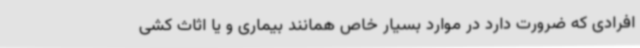
افرادی که ضرورت دارد در موارد بسیار خاص همانند بیماری و یا اثاث کشی